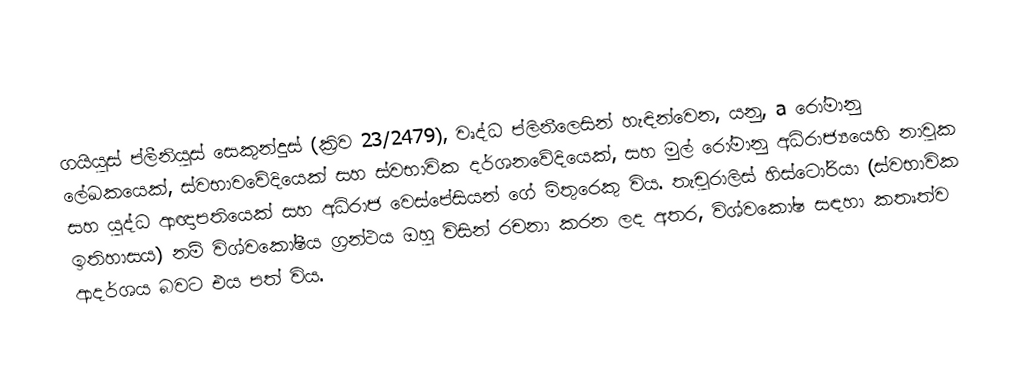
ගයියුස් ප්ලීනියුස් සෙකුන්දුස් (ක්‍රිව 23/2479), වෘද්ධ ප්ලිනීලෙසින් හැඳින්වෙන, යනු, a රෝමානු ලේඛකයෙක්, ස්වභාවවේදියෙක් සහ  ස්වභාවික දර්ශනවේදියෙක්, සහ මුල්  රෝමානු අධිරාජ්‍යයෙහි නාවුක සහ යුද්ධ ආඥාපතියෙක් සහ අධිරාජ වෙස්පේසියන් ගේ මිතුරෙකු විය. තැචුරාලිස් හිස්ටෝරියා (ස්වභාවික ඉතිහාසය) නම් විශ්වකෝෂීය ග්‍රන්ථය ඔහු විසින් රචනා කරන ලද අතර, විශ්වකෝෂ සඳහා කතෘත්ව ආදර්ශය බවට එය පත් විය.